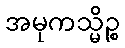
အမုကသ္မိဉ္စ